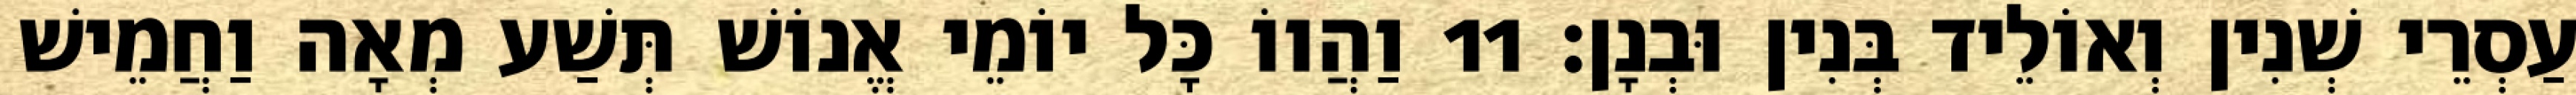
עַסְרֵי שְׁנִין וְאוֹלֵיד בְּנִין וּבְנָן׃ 11 וַהֲווֹ כָּל יוֹמֵי אֱנוֹשׁ תְּשַׁע מְאָה וַחֲמֵישׁ